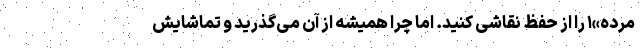
مرده»۱ را از حفظ نقاشی کنید. اما چرا همیشه از آن می‌گذرید و تماشایش